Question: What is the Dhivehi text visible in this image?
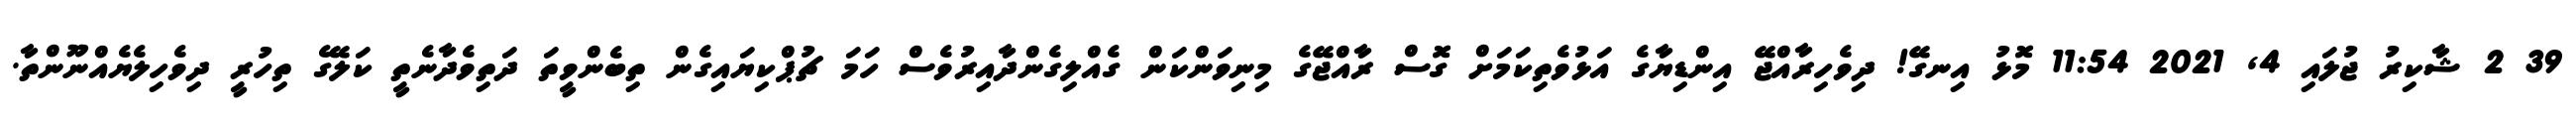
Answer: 39 2 ޝާކިރު ޖުލައި 4, 2021 11:54 މޮޅު އިނގޭ! ދިވެހިރާއްޖޭ އިންޑިޔާގެ އަޅުވެތިކަމަށް ގޮސް ރާއްޖޭގެ މިނިވަންކަން ގެއްލިގެންދާއިރުވެސް ހަމަ ޗުޕްކިޔައިގެން ތިބެންވީތަ ދަތިވެދާނެތީ ކަލޭގެ ތިހުރީ ދިވެހިލެޔެއްނޫންތާ.